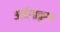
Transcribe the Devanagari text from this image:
अर्दनाक्रुशा